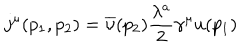
j ^ { \mu } ( p _ { 1 } , p _ { 2 } ) = \overline { { { \upsilon } } } ( p _ { 2 } ) \frac { \lambda ^ { a } } 2 \gamma ^ { \mu } u ( p _ { 1 } )